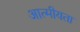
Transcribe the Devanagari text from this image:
आत्‍मीयता